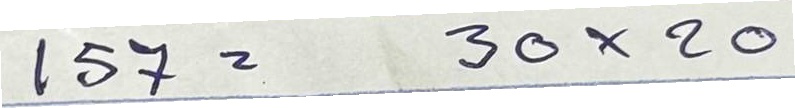
157 = 30x20